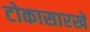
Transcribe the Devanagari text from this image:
टोकासारखे